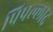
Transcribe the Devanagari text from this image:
पिपल्लाद